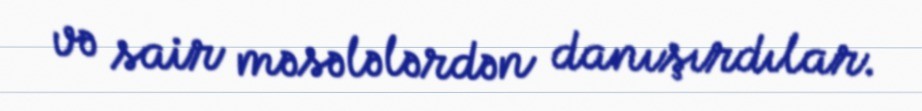
və sair məsələlərdən danışırdılar.